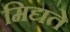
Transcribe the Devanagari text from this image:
मिद्यते